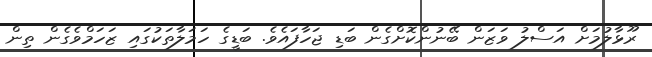
ރޫޅާލުމަށް އަސްލު ވަޒަން ބޭނުންކޮށްގެން ބަޑި ޖަހާފައެވެ. ބަޑީގެ ހަމަލާތަކުގައި ޒަހަމްވެގެން ތިން